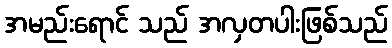
အမည်းရောင် သည် အလှတပါးဖြစ်သည်